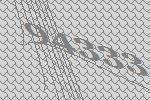
94333